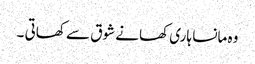
وہ مانسا ہاری کھانے شوق سے کھاتی ۔